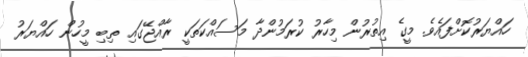
ހައްޔަރުކޮށްފައެވެ. މީގެ އިތުރުން މިހާރު ކުރަމުންދާ މަސައްކަތަކީ ރާއްޖޭގައި ތިބި މީހުން ހައްޔަރު